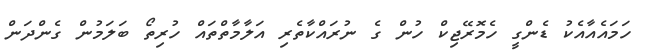
ހަމައެއާއެކު ޑެންގީ ހެމޮރޭޖިކް ހުން ގެ ނުރައްކާތެރި އަލާމާތްތައް ހުރިތޯ ބަލަމުން ގެންދަން